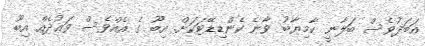
އަބަދުވެސް ބަލާނީ ކާމިޔާބު ވާނެ ކެންޑިޑޭޓަކަށް. އިބޫ ގެ އެއްވެސް ވަޢުދެއް އިބޫ